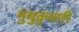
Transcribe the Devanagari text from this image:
मुथुकुमारी